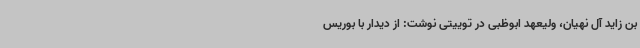
بن زاید آل نهیان، ولیعهد ابوظبی در توییتی نوشت: از دیدار با بوریس